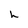
Character: h